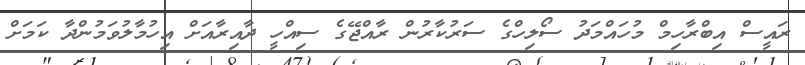
ރައީސް އިބްރާހިމް މުހައްމަދު ސޯލިހްގެ ސަރުކާރުން ރާއްޖޭގެ ސިއްހީ ދާއިރާއަށް އިހުމާލުވަމުންދާ ކަމަށް